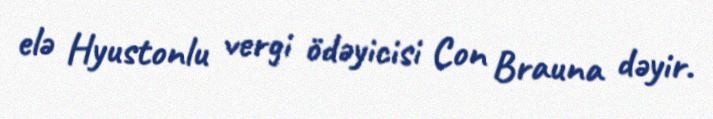
elə Hyustonlu vergi ödəyicisi Con Brauna dəyir.